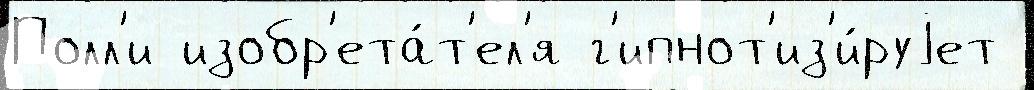
Полл'и изобр'ета́т'ел'я г'ипнот'из'и́руjет